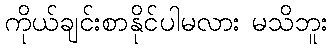
ကိုယ်ချင်းစာနိုင်ပါမလား မသိဘူး